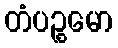
တံပဉ္စမော